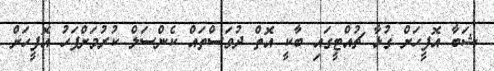
ޝަބާ އޮފީހަށް ގުޅާ ޗުއްޓީގައި ބާކީ އޮތް ދުވަސްތައް ކެންސަލް ކުރުމަށްފަހު އޮފީހަށް